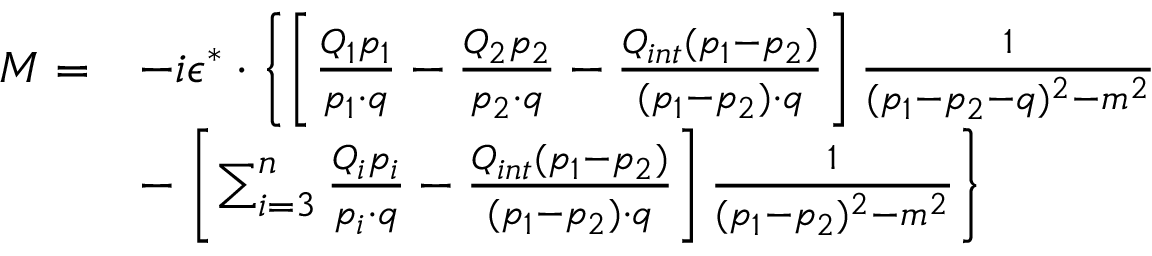
\begin{array} { r l } { { M = } } & { { - i \epsilon ^ { * } \cdot \left\{ \left[ { \frac { Q _ { 1 } p _ { 1 } } { p _ { 1 } \cdot q } } - { \frac { Q _ { 2 } p _ { 2 } } { p _ { 2 } \cdot q } } - { \frac { Q _ { i n t } ( p _ { 1 } - p _ { 2 } ) } { ( p _ { 1 } - p _ { 2 } ) \cdot q } } \right] { \frac { 1 } { ( p _ { 1 } - p _ { 2 } - q ) ^ { 2 } - m ^ { 2 } } } \right. } } \\ { { } } & { { - \left. \left[ \sum _ { i = 3 } ^ { n } { \frac { Q _ { i } p _ { i } } { p _ { i } \cdot q } } - { \frac { Q _ { i n t } ( p _ { 1 } - p _ { 2 } ) } { ( p _ { 1 } - p _ { 2 } ) \cdot q } } \right] { \frac { 1 } { ( p _ { 1 } - p _ { 2 } ) ^ { 2 } - m ^ { 2 } } } \right\} } } \end{array}